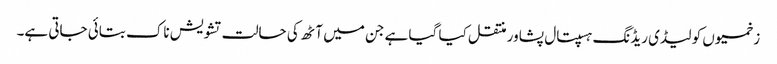
زخمیوں کو لیڈی ریڈنگ ہسپتال پشاور منتقل کیا گیا ہے جن میں آٹھ کی حالت تشویش ناک بتائی جاتی ہے۔